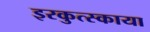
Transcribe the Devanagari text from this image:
इरकुत्स्काया